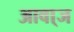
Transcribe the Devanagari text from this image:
आवा्ज